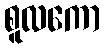
စူလကော